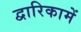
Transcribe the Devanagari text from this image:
द्वारिकामें